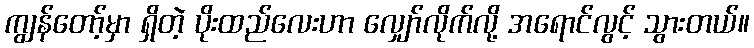
ကျွန်တော့်မှာ ရှိတဲ့ ပိုးထည်လေးဟာ လျှော်လိုက်လို့ အရောင်လွင့် သွားတယ်။